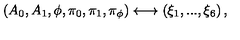
\left( A _ { 0 } , A _ { 1 } , \phi , \pi _ { 0 } , \pi _ { 1 } , \pi _ { \phi } \right) \longleftrightarrow \left( \xi _ { 1 } , . . . , \xi _ { 6 } \right) ,